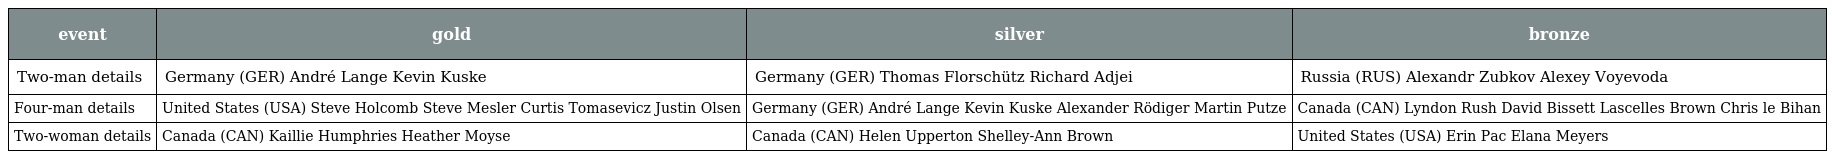
| event | gold | silver | bronze |
 | --- | --- | --- | --- |
 | Two-man details | Germany (GER) André Lange Kevin Kuske | Germany (GER) Thomas Florschütz Richard Adjei | Russia (RUS) Alexandr Zubkov Alexey Voyevoda |
 | Four-man details | United States (USA) Steve Holcomb Steve Mesler Curtis Tomasevicz Justin Olsen | Germany (GER) André Lange Kevin Kuske Alexander Rödiger Martin Putze | Canada (CAN) Lyndon Rush David Bissett Lascelles Brown Chris le Bihan |
 | Two-woman details | Canada (CAN) Kaillie Humphries Heather Moyse | Canada (CAN) Helen Upperton Shelley-Ann Brown | United States (USA) Erin Pac Elana Meyers |